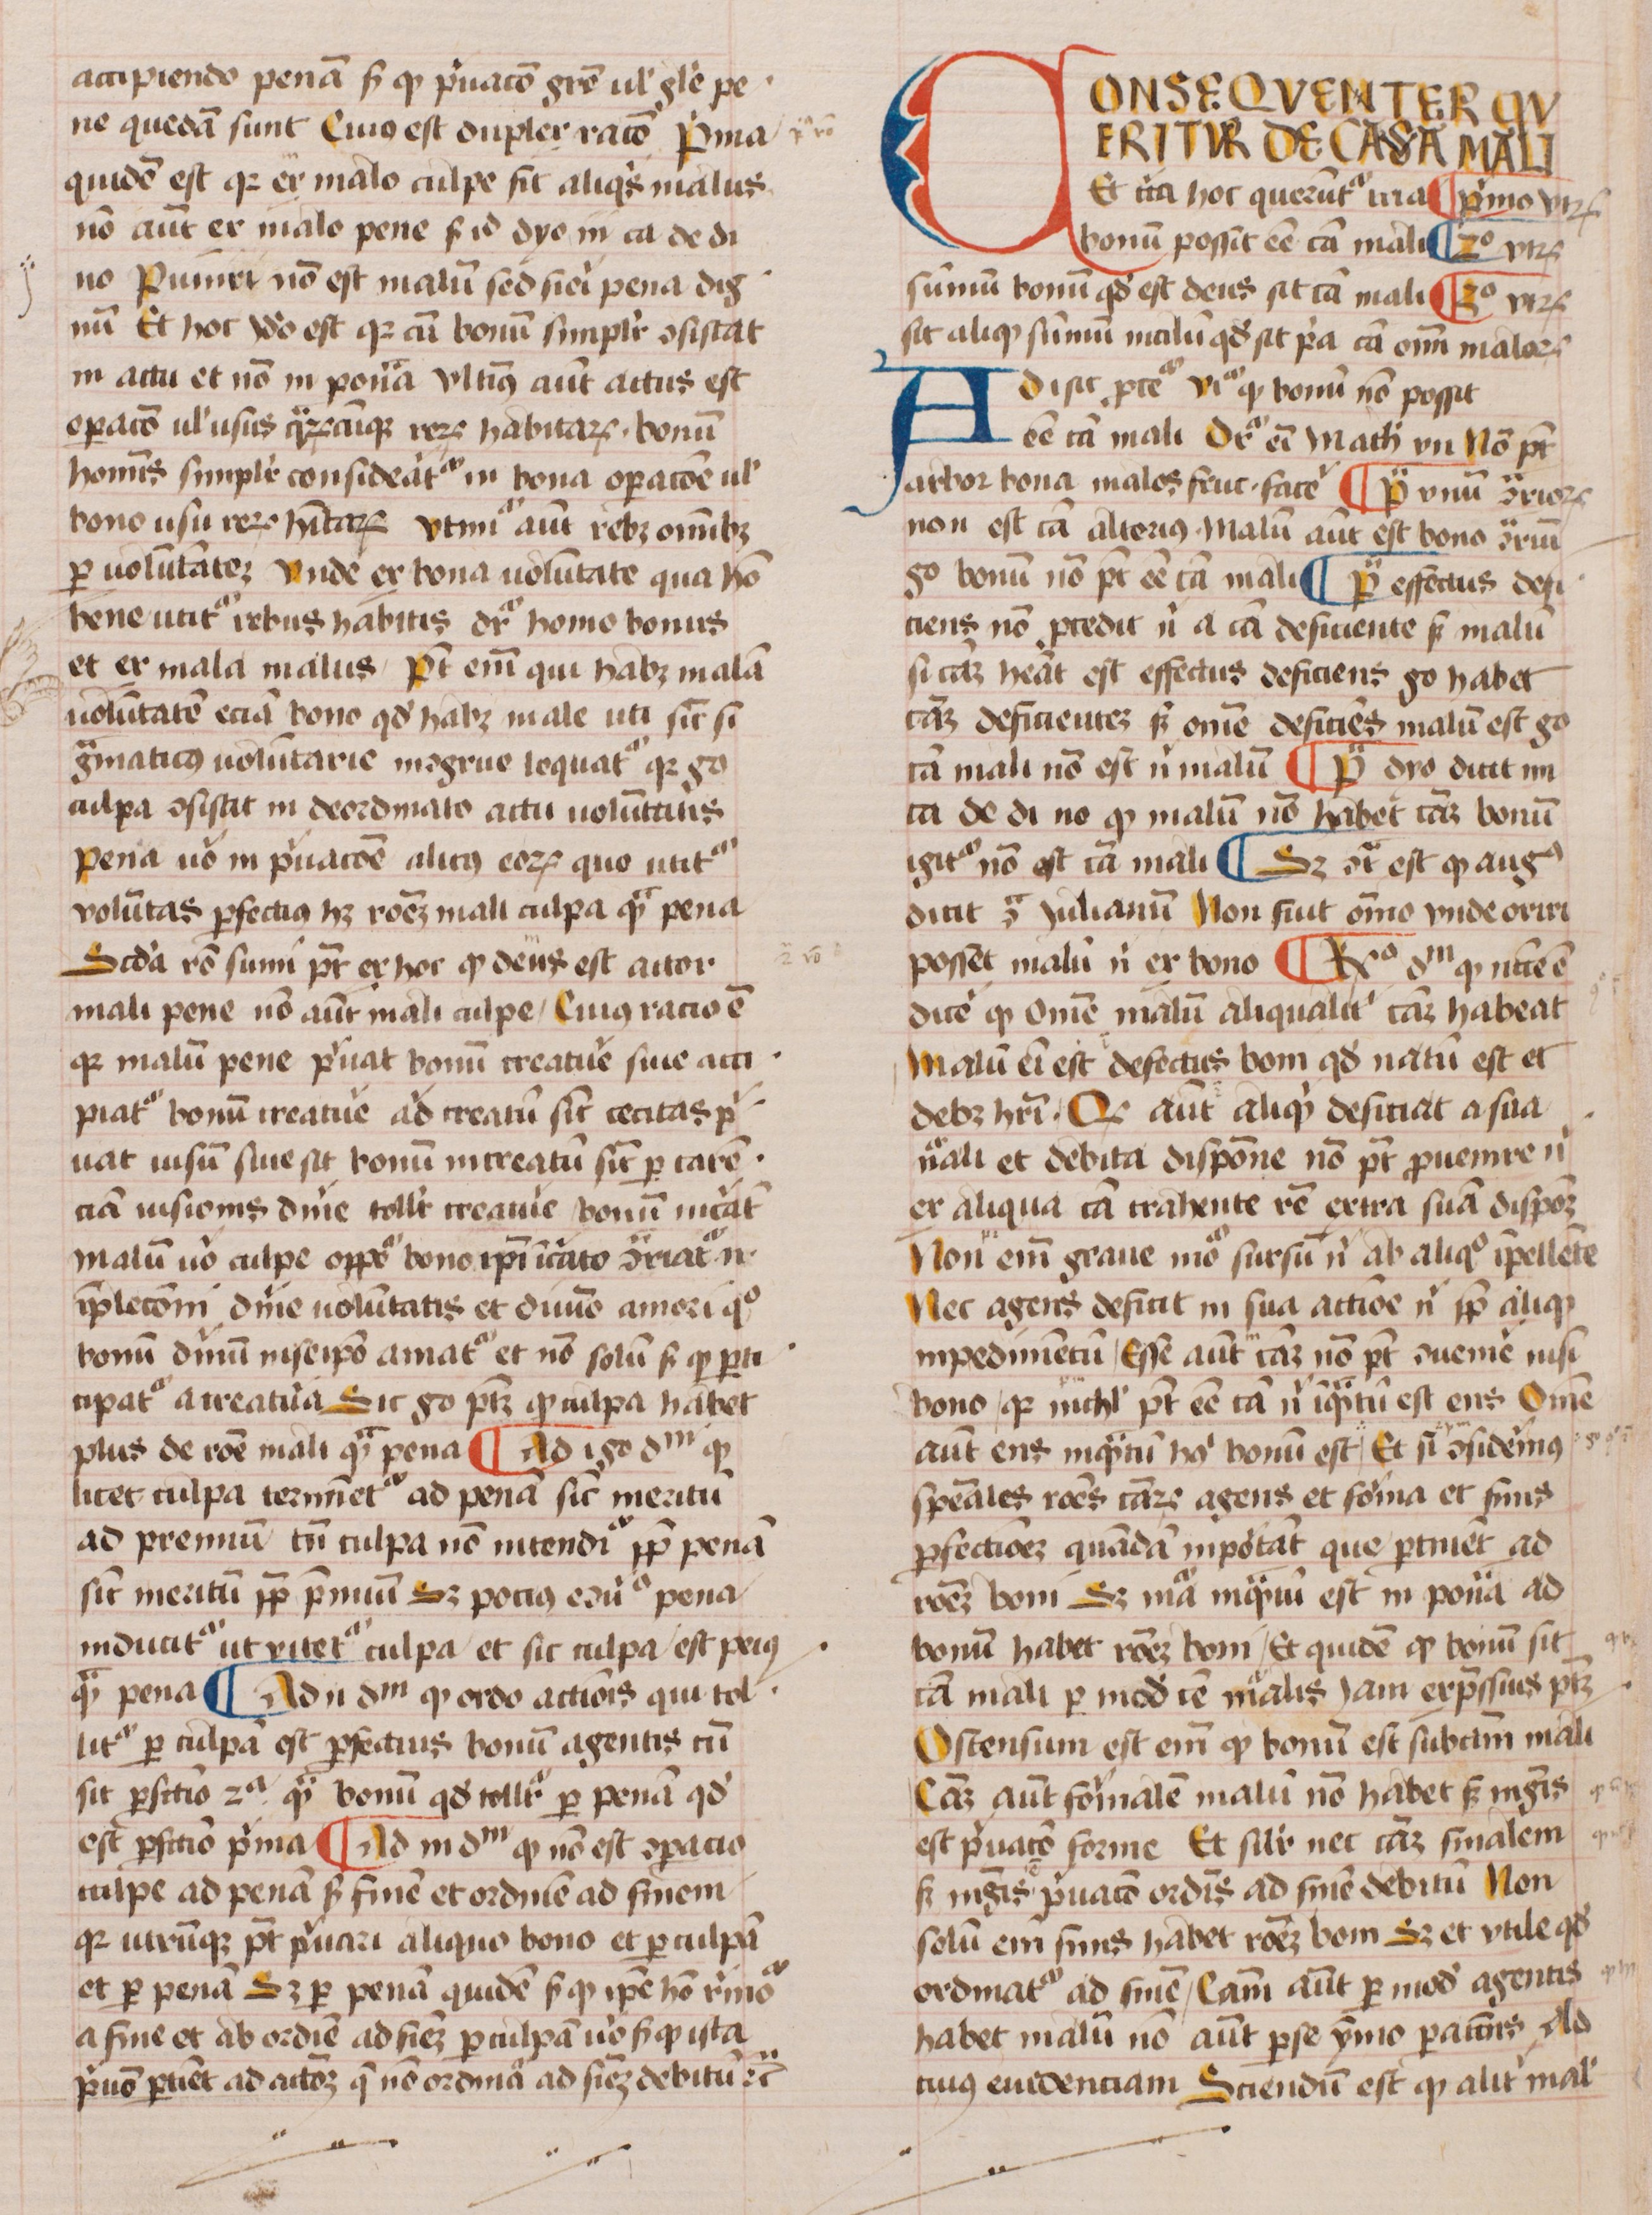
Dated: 1450–1474